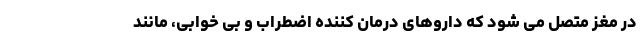
در مغز متصل می شود که داروهای درمان کننده اضطراب و بی خوابی، مانند